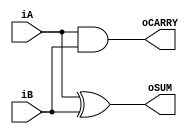
/*
half add
 */
 
module half_addv (iA, iB, oSUM, oCARRY);


/* I/O type definition */
input iA, iB;
output oSUM, oCARRY;

//logica
assign	oSUM = iA ^ iB;
assign	oCARRY = iA && iB;

endmodule